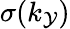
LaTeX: \sigma(k_{\mathcal{Y}})